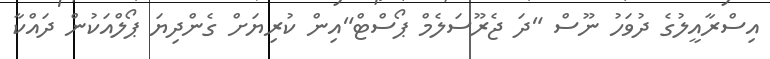
އިސްރާއީލުގެ ދުވަހު ނޫސް "ދަ ޖެރޫސަލެމް ޕޯސްޓް"އިން ކުރިޔަށް ގެންދިޔަ ޕޯލްއަކުން ދައްކާ